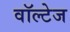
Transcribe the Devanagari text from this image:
वॉल्टेज